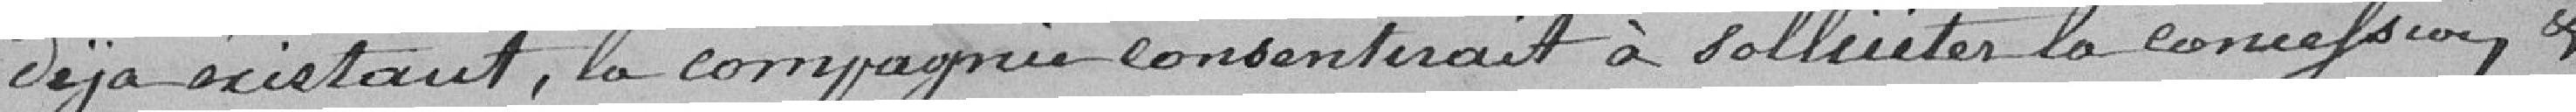
déjà existant, la compagnie consentirait à solliciter la concession, &